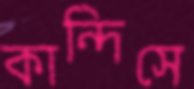
কান্দিসে